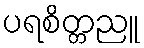
ပရစိတ္တညူ